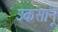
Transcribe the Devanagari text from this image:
उकसानू